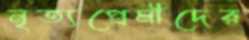
নৃত্যপ্রেমীদের